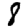
Digit: 8